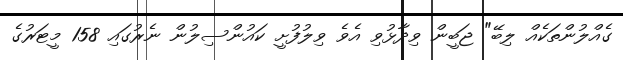
ގެއްލުންތަކެއް ލިބޭ" ޖަބީން ވިދާޅުވި އެވެ ވިލުފުށީ ކައުންސިލުން ނެރުގައި 158 މީޓަރުގެ